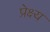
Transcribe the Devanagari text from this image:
प्रेक्ष्य